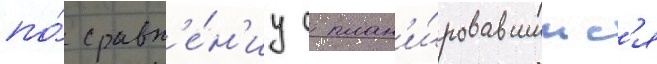
по́ сравн'е́н'иу с план'и́ровавшимс'я